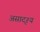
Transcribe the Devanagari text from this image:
असादृश्य